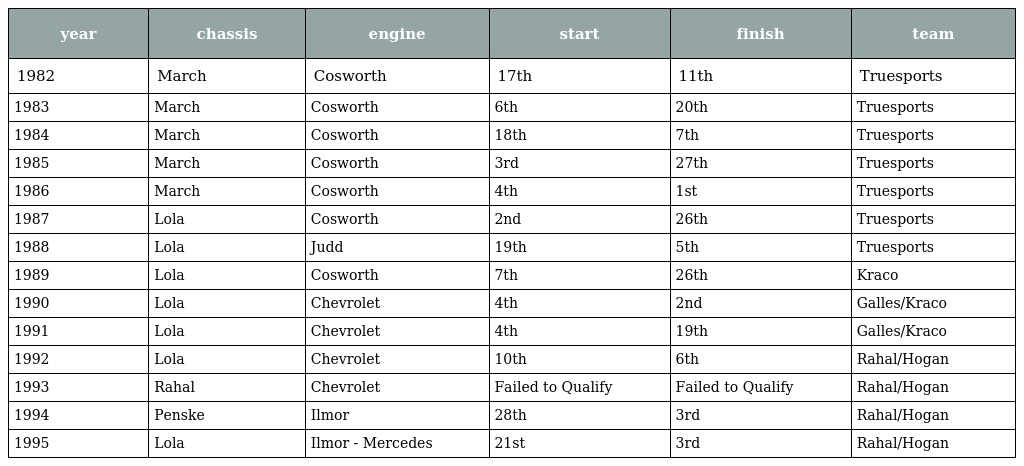
| year | chassis | engine | start | finish | team |
 | --- | --- | --- | --- | --- | --- |
 | 1982 | March | Cosworth | 17th | 11th | Truesports |
 | 1983 | March | Cosworth | 6th | 20th | Truesports |
 | 1984 | March | Cosworth | 18th | 7th | Truesports |
 | 1985 | March | Cosworth | 3rd | 27th | Truesports |
 | 1986 | March | Cosworth | 4th | 1st | Truesports |
 | 1987 | Lola | Cosworth | 2nd | 26th | Truesports |
 | 1988 | Lola | Judd | 19th | 5th | Truesports |
 | 1989 | Lola | Cosworth | 7th | 26th | Kraco |
 | 1990 | Lola | Chevrolet | 4th | 2nd | Galles/Kraco |
 | 1991 | Lola | Chevrolet | 4th | 19th | Galles/Kraco |
 | 1992 | Lola | Chevrolet | 10th | 6th | Rahal/Hogan |
 | 1993 | Rahal | Chevrolet | Failed to Qualify | Failed to Qualify | Rahal/Hogan |
 | 1994 | Penske | Ilmor | 28th | 3rd | Rahal/Hogan |
 | 1995 | Lola | Ilmor - Mercedes | 21st | 3rd | Rahal/Hogan |